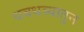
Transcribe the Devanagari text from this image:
धबधब्यातुन